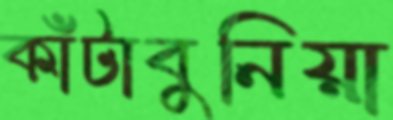
কাঁটাবুনিয়া